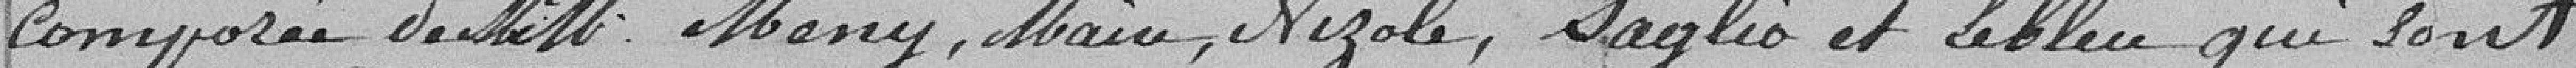
composée de MM. Mény, Maire, Nizole, Saglio et Lebleu qui sont